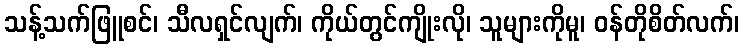
သန့်သက်ဖြူစင်၊ သီလရှင်လျက်၊ ကိုယ်တွင်ကျိုးလို၊ သူများကိုမူ၊ ဝန်တိုစိတ်လက်၊